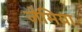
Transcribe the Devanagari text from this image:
जेमिया